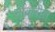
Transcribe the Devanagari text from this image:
नौकरीत